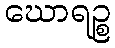
ဃောရဉ္စ